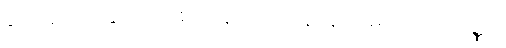
ရေအယဉ်နှင့်ပြည့်စုံကုန်သော။ နာနာဒုမဂဏာကိဏ္ဏာ၊